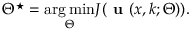
\begin{array} { r } { \Theta ^ { \star } = \underset { \Theta } { \arg \operatorname* { m i n } } J ( \textbf { u } ( \boldsymbol { x } , \boldsymbol { k } ; \Theta ) ) . } \end{array}